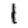
Digit: 1